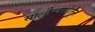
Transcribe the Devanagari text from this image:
साल्हेरवाडीतून